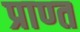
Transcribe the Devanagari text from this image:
प्राण्त